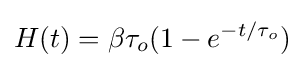
H(t)={\beta }{\tau }_{o}({1-e^{-t/{\tau }_{o}}})